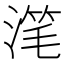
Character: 滗